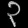
Digit: ၃